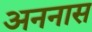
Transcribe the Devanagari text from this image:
अननास